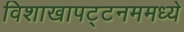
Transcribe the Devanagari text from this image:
विशाखापट्टनममध्ये